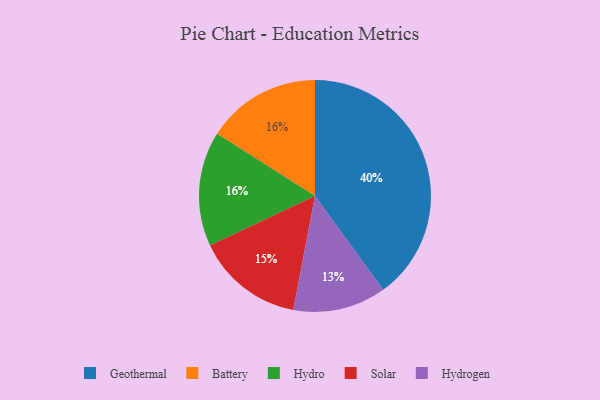
{"axis": {"x": "Category", "y": "Percentage"}, "legend": ["Battery", "Geothermal", "Hydro", "Hydrogen", "Solar"], "data": [{"x": "Battery", "y": 16, "type": "Battery"}, {"x": "Solar", "y": 15, "type": "Solar"}, {"x": "Hydro", "y": 16, "type": "Hydro"}, {"x": "Geothermal", "y": 40, "type": "Geothermal"}, {"x": "Hydrogen", "y": 13, "type": "Hydrogen"}]}